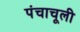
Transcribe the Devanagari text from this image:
पंचाचूली